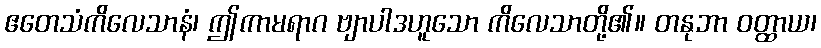
ဧတေသံကိလေသာနံ၊ ဤကာမရာဂ ဗျာပါဒဟူသော ကိလေသာတို့၏။ တနုဘာ ဝတ္ထာယ၊